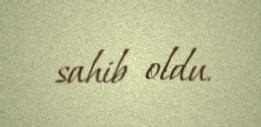
sahib oldu.